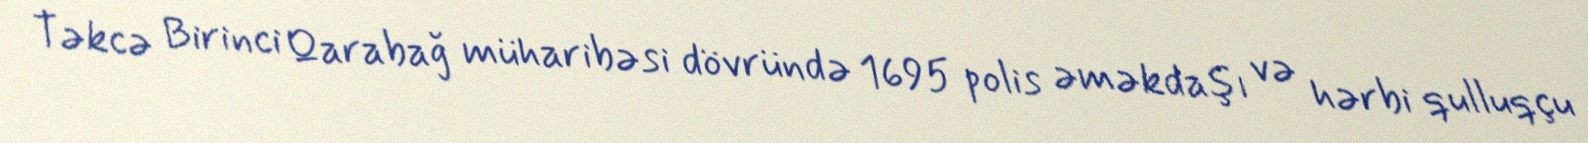
Təkcə Birinci Qarabağ müharibəsi dövründə 1695 polis əməkdaşı və hərbi qulluqçu